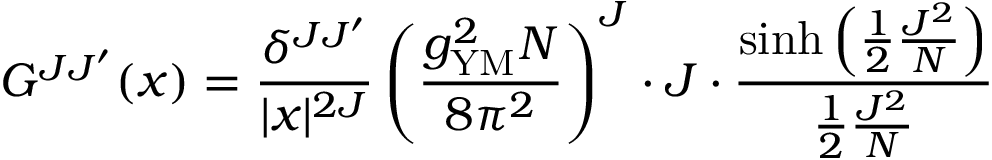
G ^ { J J ^ { \prime } } ( x ) = \frac { \delta ^ { J J ^ { \prime } } } { | x | ^ { 2 J } } \left( \frac { g _ { \mathrm { Y M } } ^ { 2 } N } { 8 \pi ^ { 2 } } \right) ^ { J } \cdot J \cdot \frac { \sinh \left( \frac { 1 } { 2 } \frac { J ^ { 2 } } { N } \right) } { \frac { 1 } { 2 } \frac { J ^ { 2 } } { N } }